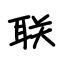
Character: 联